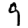
Digit: 9